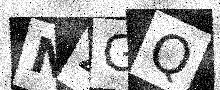
Text: NZGQ